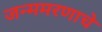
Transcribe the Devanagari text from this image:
जन्ममरणाचे